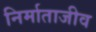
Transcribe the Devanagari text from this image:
निर्माताजीव